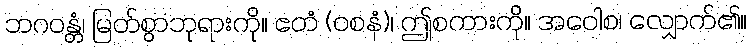
ဘဂဝန္တံ၊ မြတ်စွာဘုရားကို။ ဧတံ (ဝစနံ)၊ ဤစကားကို။ အဝေါစ၊ လျှောက်၏။